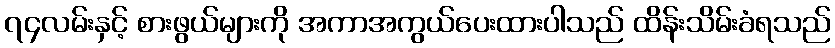
၇၄လမ်းနှင့် စားဖွယ်များကို အကာအကွယ်ပေးထားပါသည် ထိန်းသိမ်းခံရသည်